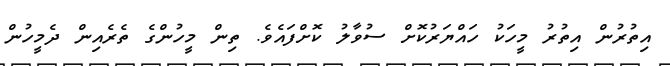
އިތުރުން އިތުރު މީހަކު ހައްޔަރުކޮށް ސުވާލު ކޮށްފައެވެ. ތިން މީހުންގެ ތެރެއިން ދެމީހުން